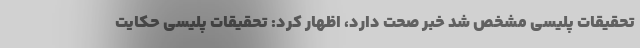
تحقیقات پلیسی مشخص شد خبر صحت دارد، اظهار کرد: تحقیقات پلیسی حکایت